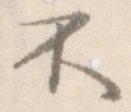
不